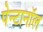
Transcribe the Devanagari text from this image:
पेन्टानॉल